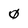
Character: 0